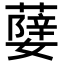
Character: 𦾨